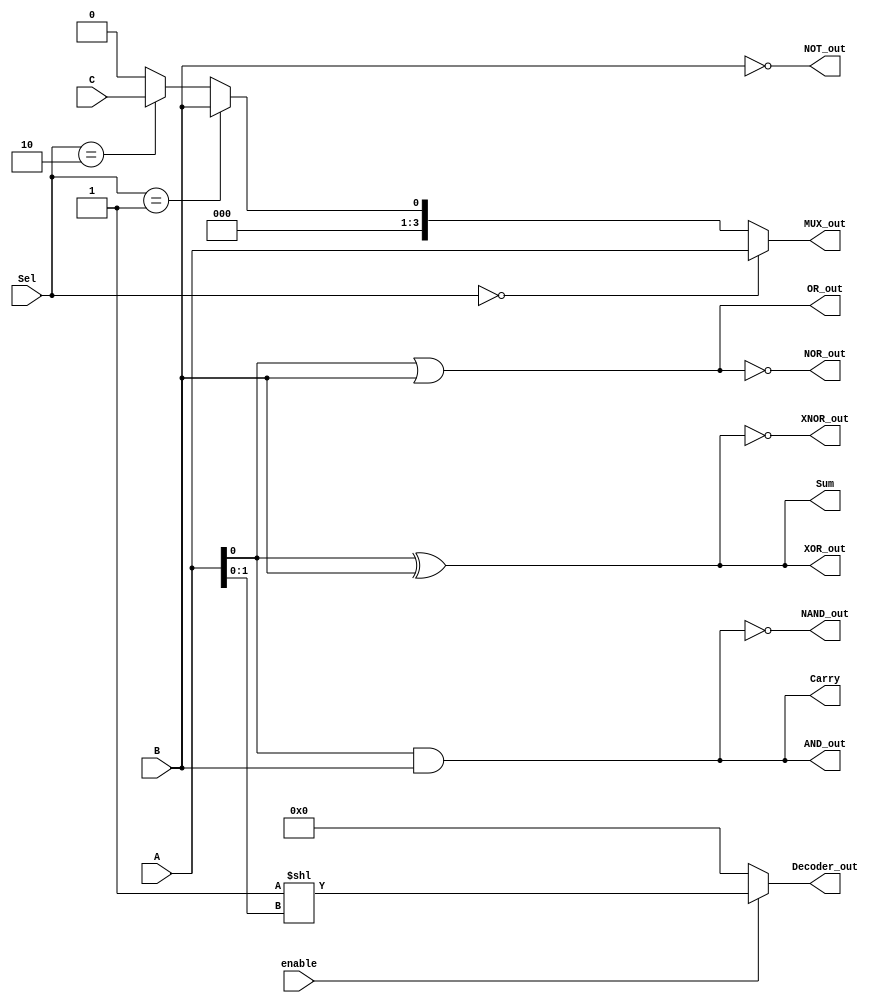
module combinational_logic_blocks (
    // Inputs
    input wire [3:0] A,    // 4-bit input for MUX, Decoder, etc.
    input wire [1:0] Sel,  // 2-bit select for MUX
    input wire enable,      // Enable signal for Decoder
    input wire B,          // Single input for logical operations
    input wire C,          // Single input for logical operations
    // Outputs
    output wire AND_out,
    output wire OR_out,
    output wire NOT_out,
    output wire NAND_out,
    output wire NOR_out,
    output wire XOR_out,
    output wire XNOR_out,
    output wire [3:0] MUX_out, // Output for MUX
    output wire [3:0] Decoder_out, // Output for Decoder
    output wire Sum,        // Output for Half Adder
    output wire Carry       // Carry output for Half Adder
);

// Logic Functions
assign AND_out = A[0] & B;       // AND operation
assign OR_out = A[0] | B;        // OR operation
assign NOT_out = ~B;             // NOT operation
assign NAND_out = ~(A[0] & B);   // NAND operation
assign NOR_out = ~(A[0] | B);    // NOR operation
assign XOR_out = A[0] ^ B;       // XOR operation
assign XNOR_out = ~(A[0] ^ B);   // XNOR operation

// Multiplexer (2-to-1)
assign MUX_out = (Sel == 2'b00) ? A :
                 (Sel == 2'b01) ? {3'b000, B} :
                 (Sel == 2'b10) ? {3'b000, C} :
                 4'b0000; // Default case

// Decoder (2-to-4)
assign Decoder_out = (enable) ? (1 << A[1:0]) : 4'b0000;

// Half Adder
assign Sum = A[0] ^ B;          // Sum output
assign Carry = A[0] & B;        // Carry output

endmodule